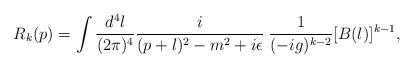
LaTeX: \begin{align*}R_k(p)=\int\frac{d^{4}l}{(2\pi)^{4}} \frac{i}{(p+l)^{2}-m^{2}+i\epsilon} \hspace{0.1cm}\frac{1}{(-ig)^{k-2}}[B(l)]^{k-1},\end{align*}